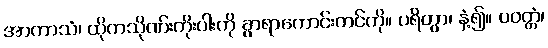
အာကာသံ၊ ထိုကသိုဏ်းကိုးပါးကို ခွာရာကောင်းကင်ကို။ ပရိတွာ၊ နှံ့၍။ ပဝတ္တံ၊